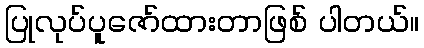
ပြုလုပ်ပူဇော်ထားတာဖြစ် ပါတယ်။